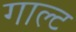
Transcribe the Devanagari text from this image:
गाल्ट